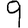
Digit: 9